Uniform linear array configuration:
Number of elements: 32
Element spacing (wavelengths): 0.25
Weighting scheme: cosine
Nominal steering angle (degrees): -45
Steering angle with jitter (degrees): -46.415
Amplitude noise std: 0.05
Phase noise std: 0.05

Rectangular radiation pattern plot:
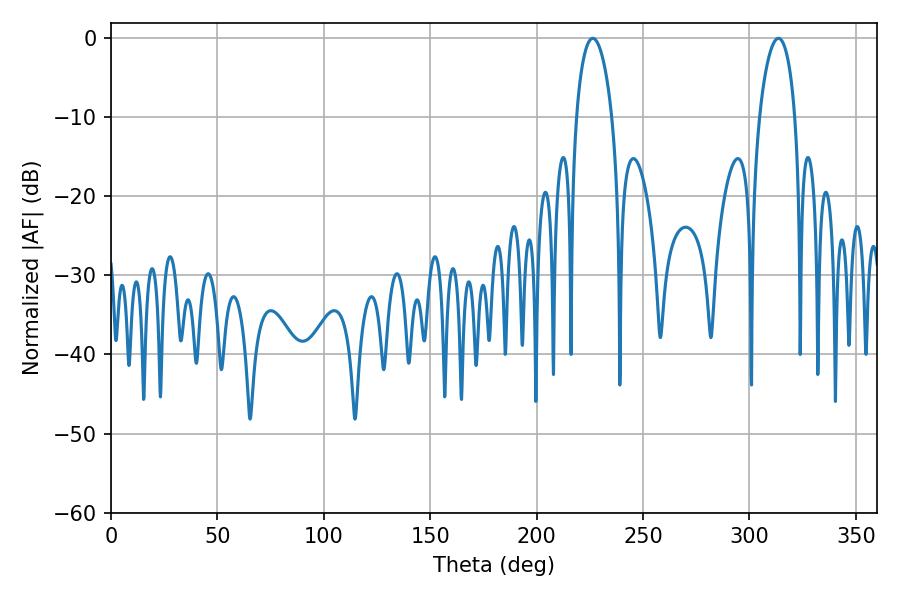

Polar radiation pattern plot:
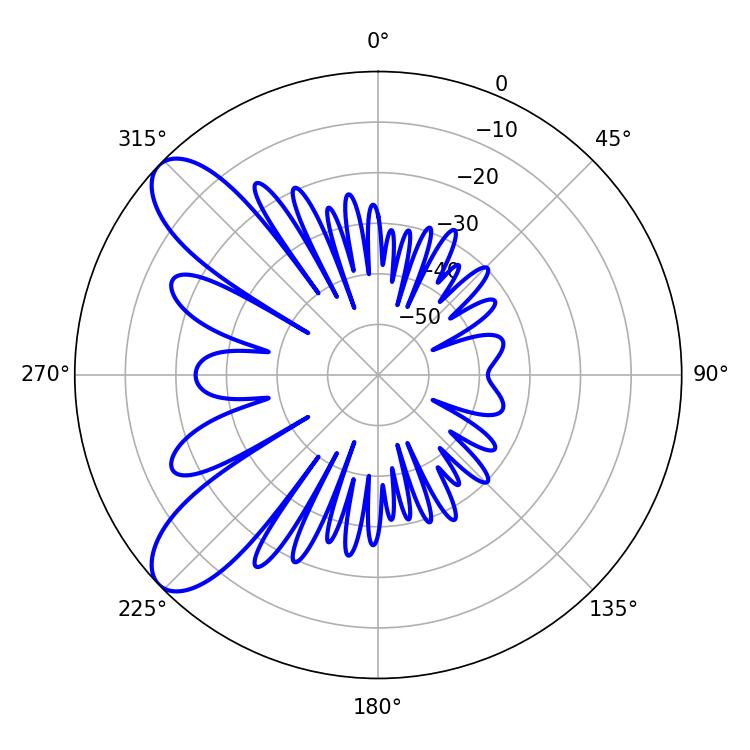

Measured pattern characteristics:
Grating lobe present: FALSE
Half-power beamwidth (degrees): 9.54
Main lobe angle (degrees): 226.44